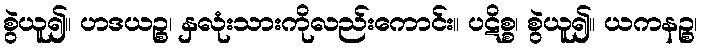
စွဲယူ၍။ ဟဒယဉ္စ၊ နှလုံးသားကိုလည်းကောင်း။ ပဋိစ္စ၊ စွဲယူ၍။ ယကနဉ္စ၊